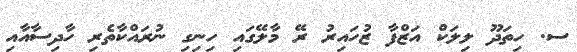
ސ. ހިތަދޫ ލިލަކް އަޒްފާ ޒުހައިރު ރޭ މާލޭގައި ހިނިގި ނުރައްކާތެރި ހާދިސާާއާއި